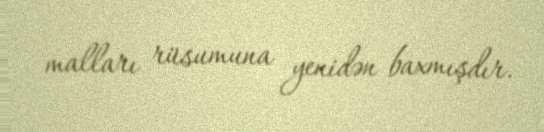
malları rüsumuna yenidən baxmışdır.